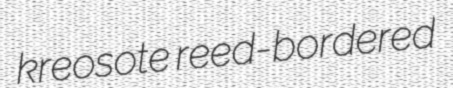
kreosote reed-bordered